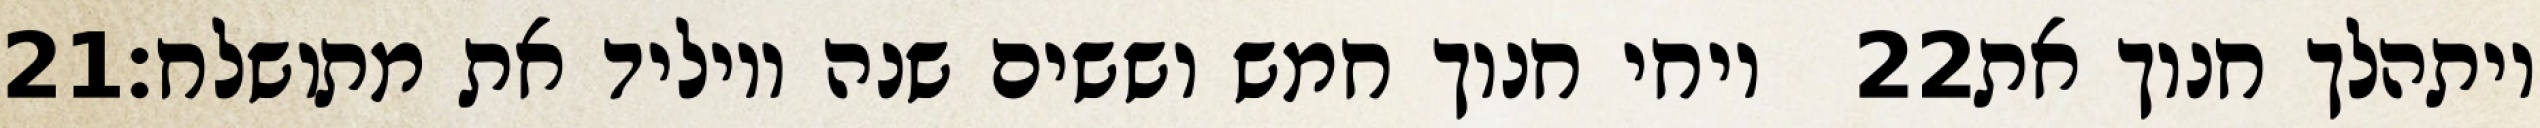
‎21‏ ויחי חנוך חמש וששים שנה ויוליד את מתושלח׃ ‎22‏ ויתהלך חנוך את